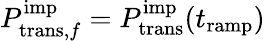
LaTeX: P_{\mathrm{trans},f}^{\mathrm{imp}}=P_{\mathrm{trans}}^{\mathrm{imp}}(t_{\mathrm{ramp}})